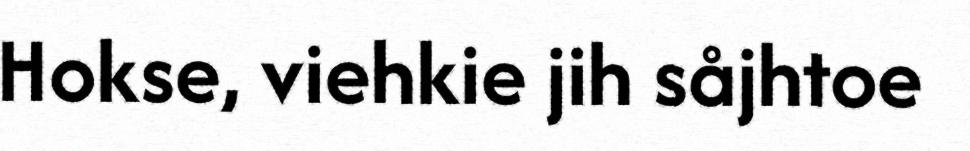
Hokse, viehkie jih såjhtoe